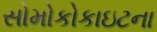
સોમોકોકાઇટના